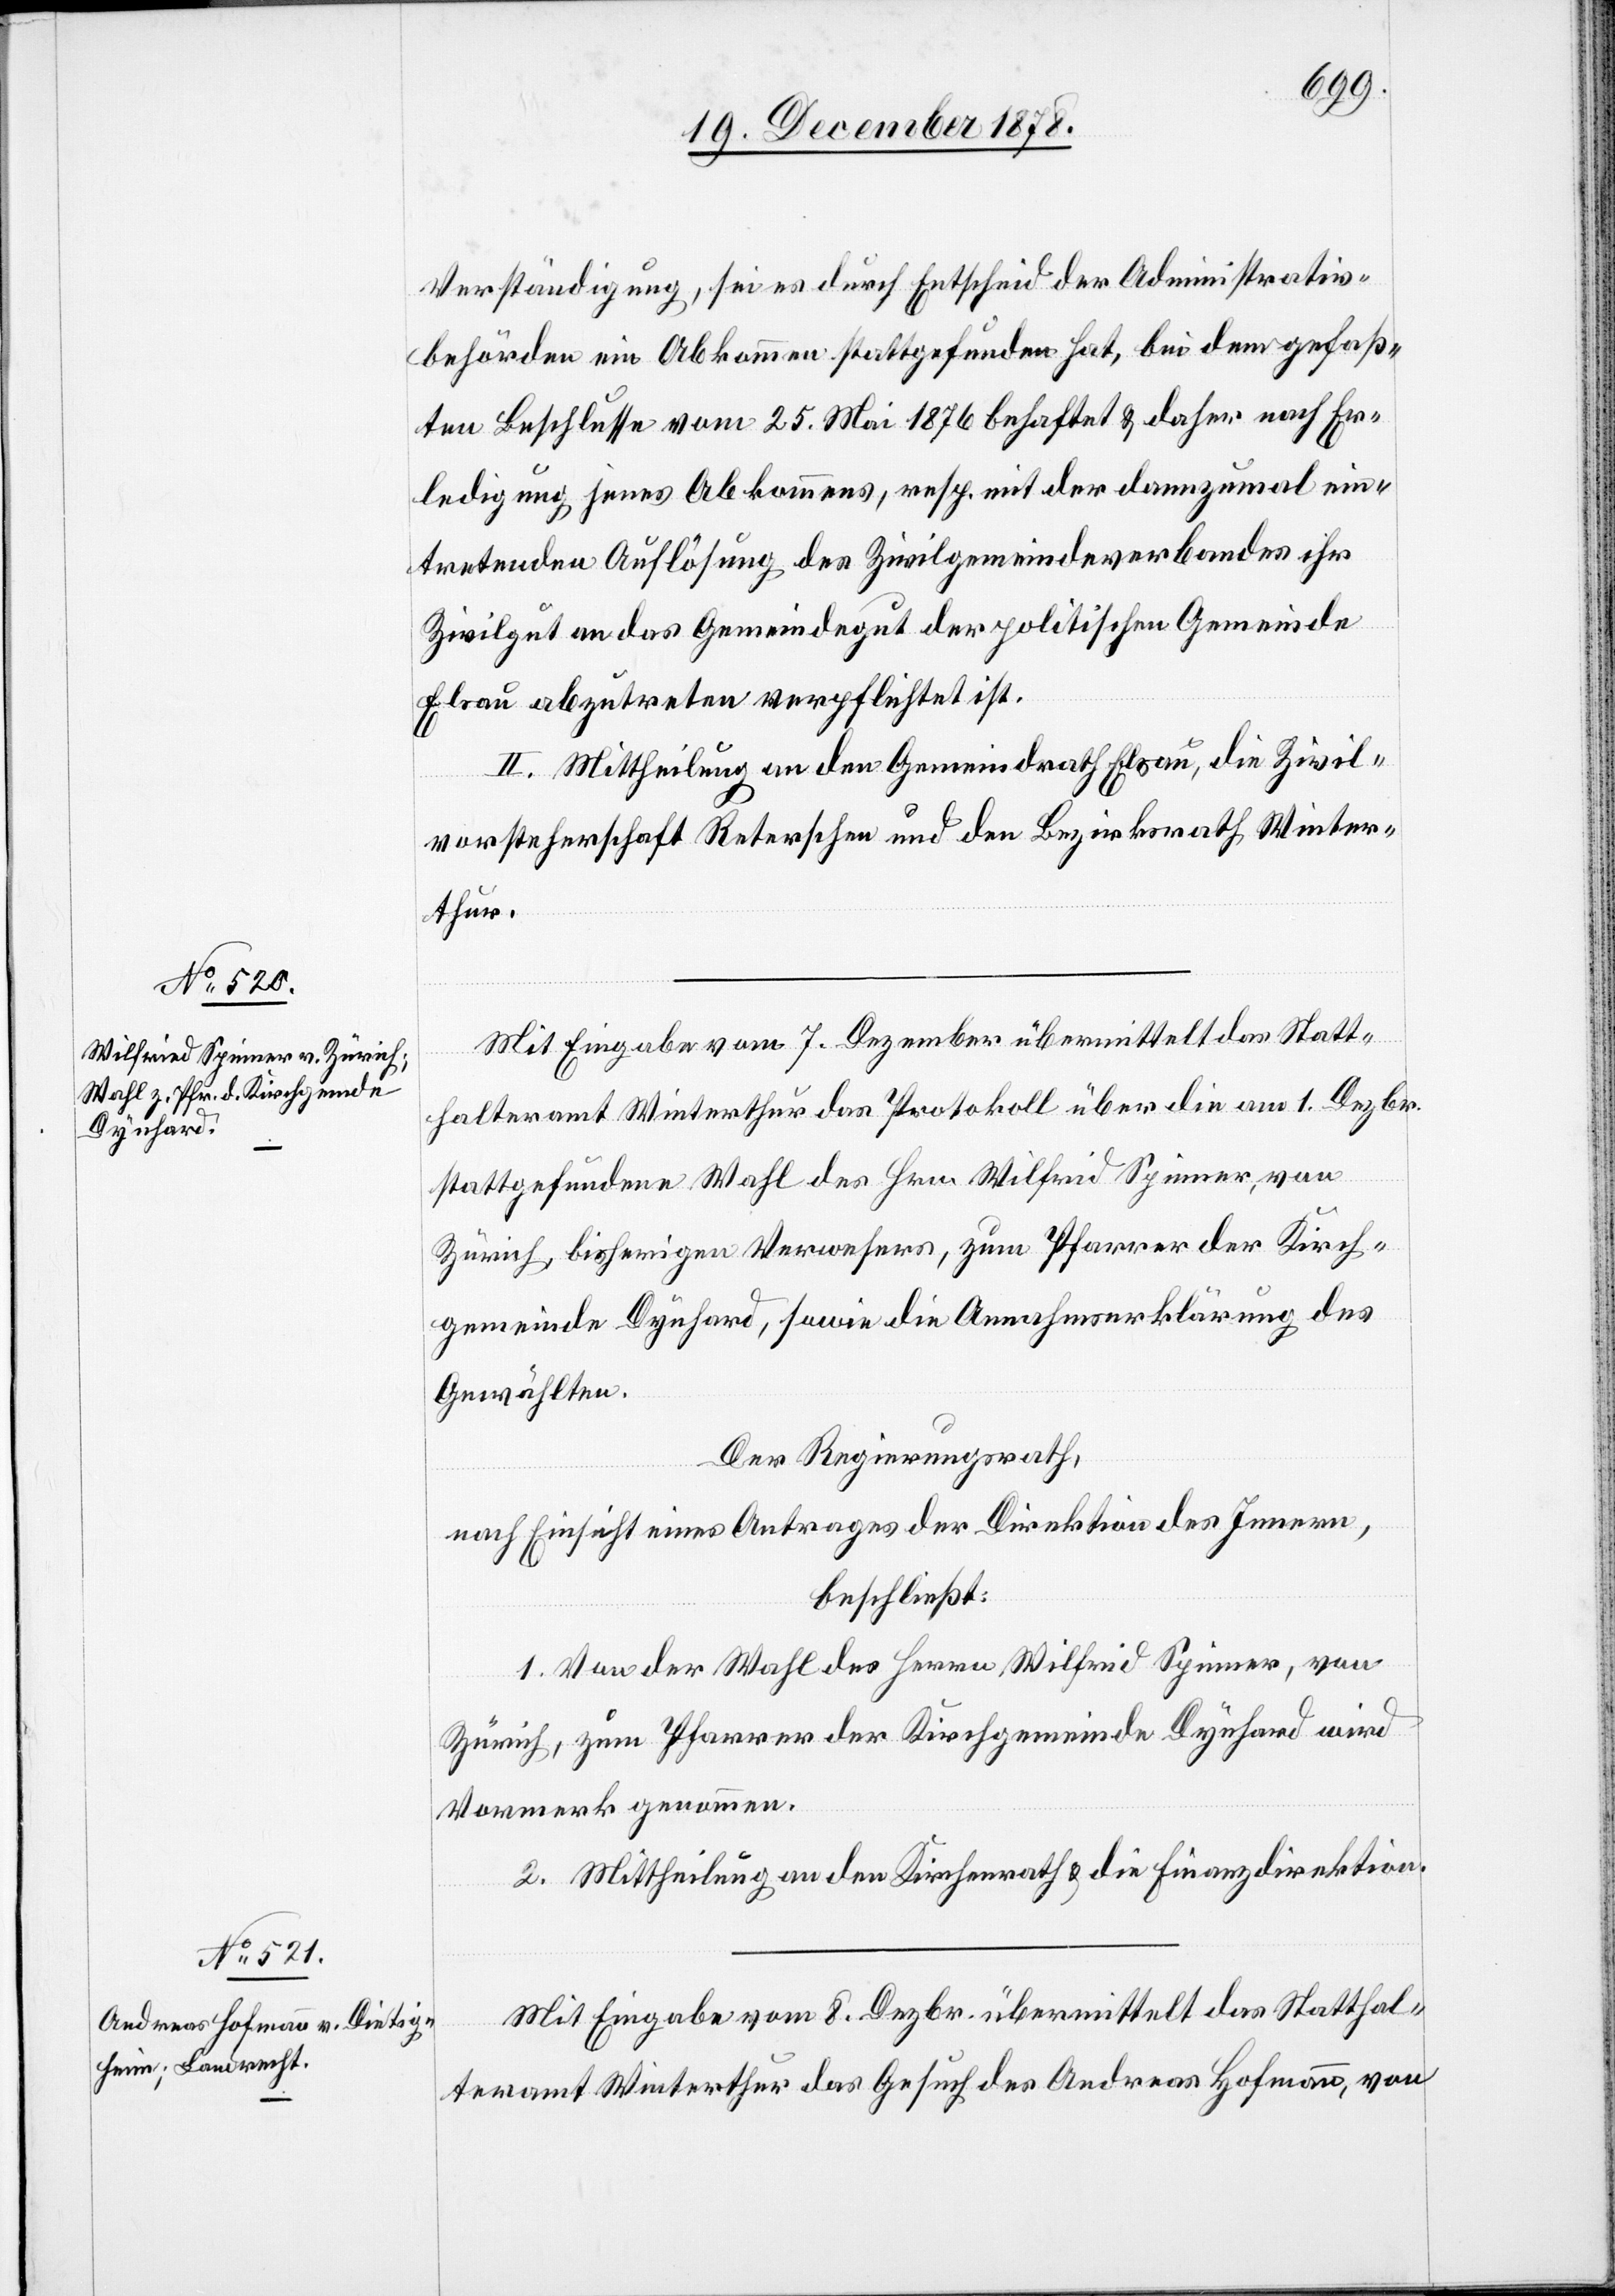
Verständigung, sei es durch Entscheid der Administrativ¬
behörden ein Abkommen stattgefunden hat, bei dem gefaß¬
ten Beschlusse vom 25. Mai 1876 behaftet & daher nach Er¬
ledigung jenes Abkommens, resp. mit der dannzumal ein¬
tretenden Auflösung des Zivilgemeindeverbandes ihr
Zivilgut an das Gemeindegut der politischen Gemeinde
Elsau abzutreten verpflichtet ist.
II. Mittheilung an den Gemeindrath Elsau, die Zivil¬
vorsteherschaft Reterschen und den Bezirksrath Winter¬
thur.
Mit Eingabe vom 7. Dezember übermittelt das Statt¬
halteramt Winterthur das Protokoll über die am 1. Dezbr.
stattgefundene Wahl des Hrn. Wilfred Spinner, von
Zürich bisherigen Verwesers, zum Pfarrer der Kirch¬
gemeinde Dynhard, sowie die Annahmserklärung des
Gewählten.
Der Regierungsrath,
nach Einsicht eines Antrages der Direktion des Innern,
beschließt:
1. Von der Wahl des Herrn Wilfrid Spinner, von
Zürich, zum Pfarrer der Kirchgemeinde Dynhard wird
Vormerk genommen.
2. Mittheilung an den Kirchenrath & die Finanzdirektion.
Mit Eingabe vom 8. Dezbr. übermittelt das Statthal¬
teramt Winterthur das Gesuch des Andreas Hofmann, von